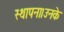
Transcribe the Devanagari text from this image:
स्थापना।उनके